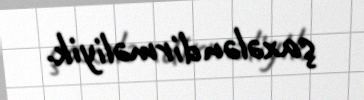
şaxələndirməliyik.